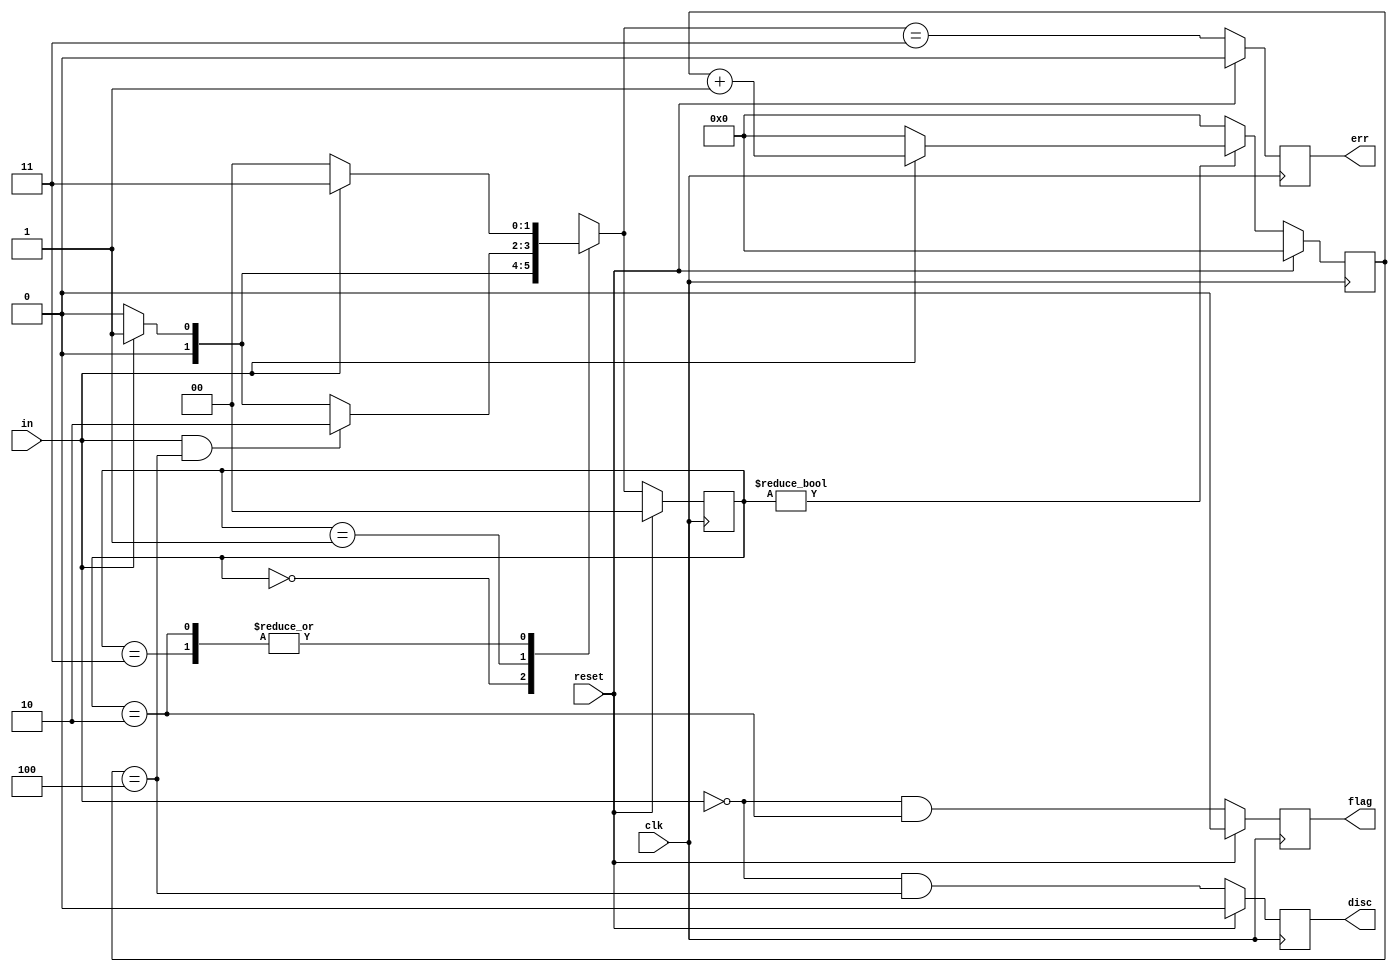
module top_module(
    input clk,
    input reset,    // Synchronous reset
    input in,
    output disc,
    output flag,
    output err
);

    reg [1:0] state, next_state;
    reg [3:0] counter;
    
    parameter IDLE=0, DISC=1, FLAG=2, ERR=3;
    
    always @(posedge clk) begin
        if (reset) state <= IDLE;
        else state <= next_state;
    end
    
    always @(posedge clk) begin
        if (reset) counter <= '0;
        else if (state != IDLE)
            counter <= in ? counter + 1'b1 : '0;
        else counter <= '0;
    end
    
    always @(*) begin
        case (state)
            IDLE: next_state = in ? DISC : IDLE;
            DISC: next_state = in && counter == 4 ? FLAG : in ? DISC : IDLE;
            FLAG: next_state = in ? ERR : IDLE;
            ERR: next_state = in ? ERR : IDLE;
        endcase
    end
    
    always @(posedge clk) begin
        if (reset) begin
            disc <= 1'b0;;
            flag <= 1'b0;
            err <= 1'b0;
        end
        else begin
            disc <= ~in && counter == 4;
            flag <= ~in && state == FLAG;
            err <= next_state == ERR;
        end
    end
endmodule